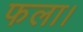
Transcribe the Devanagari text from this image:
फला।